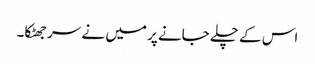
اس کے چلے جانے پر میں نے سر جھٹکا۔